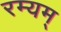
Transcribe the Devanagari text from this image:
रम्यम्